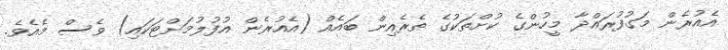
އެއުރެން މަގުފުރައްދާ މީހުންގެ ކުށްތަކުގެ ތެރެއިން ބައެއް (އެއުރެން އުފުލުމަށްޓަކައި) ވެސް މެއެވެ.